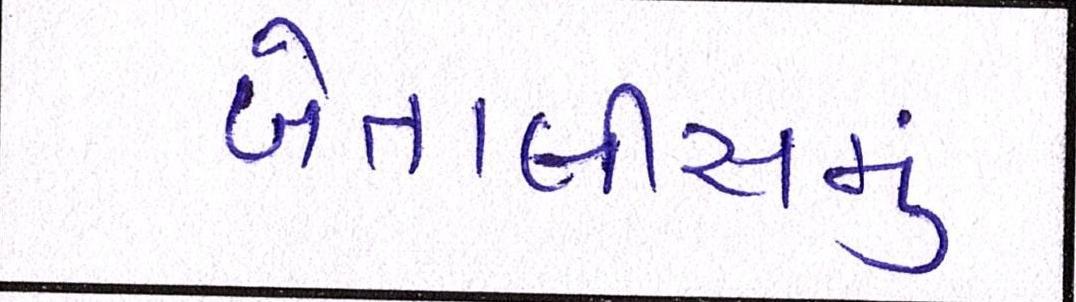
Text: બેતાલીસમું